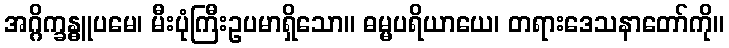
အဂ္ဂိက္ခန္ဓူပမေ၊ မီးပုံကြီးဥပမာရှိသော။ ဓမ္မပရိယာယေ၊ တရားဒေသနာတော်ကို။